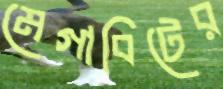
মেগাবিটের